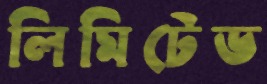
লিমিটেড